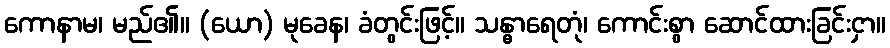
ကောနာမ၊ မည်၏။ (ယော) မုခေန၊ ခံတွင်းဖြင့်။ သန္ဓာရေတုံ၊ ကောင်းစွာ ဆောင်ထားခြင်းငှာ။